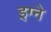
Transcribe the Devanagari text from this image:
इग्ने